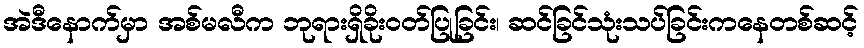
အဲဒီနောက်မှာ အစ်မလီက ဘုရားရှိခိုးဝတ်ပြုခြင်း၊ ဆင်ခြင်သုံးသပ်ခြင်းကနေတစ်ဆင့်